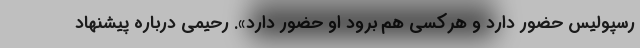
رسپولیس حضور دارد و هرکسی هم برود او حضور دارد». رحیمی درباره پیشنهاد